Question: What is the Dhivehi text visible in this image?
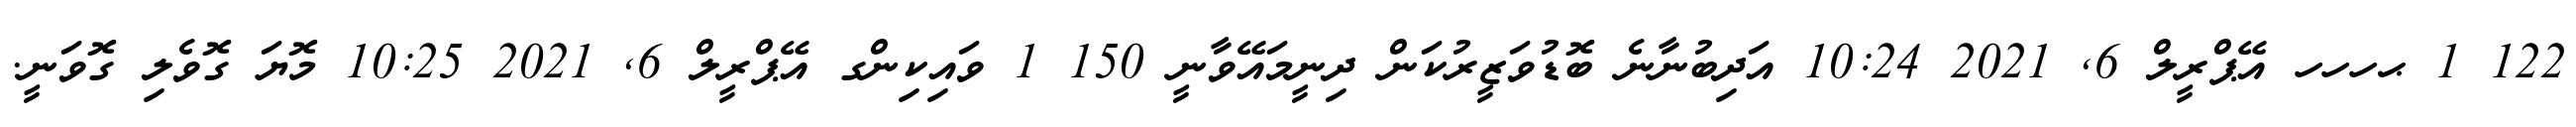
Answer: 122 1 ޙހހހ އޭޕްރީލް 6, 2021 10:24 އަދިބުނާނެ ބޮޑުވަޒީރުކަން ދިނީމައޭވާނީ 150 1 ވައިކިންގ އޭޕްރީލް 6, 2021 10:25 މޮޔަ ގޮވެލި ގޮވަނީ.